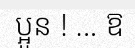
ប្អូន ! ... ឱ